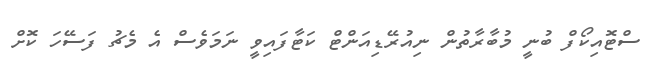
ސްޓޮއިކޯފް ބުނީ މުބާރާތުން ނިއުރޭޑިއަންޓް ކަޓާފައިވީ ނަމަވެސް އެ މެޗު ފަސޭހަ ކޮށް